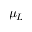
\mu _ { L }